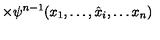
\times \psi ^ { n - 1 } ( x _ { 1 } , \ldots , \hat { x } _ { i } , \ldots x _ { n } )